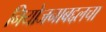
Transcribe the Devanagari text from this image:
नियोजनाबद्दलचा